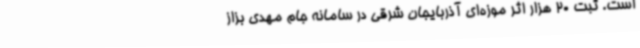
است. ثبت 20 هزار اثر موزه‌ای آذربایجان شرقی در سامانه جام مهدی بزاز